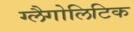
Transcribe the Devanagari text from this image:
ग्लैगोलिटिक